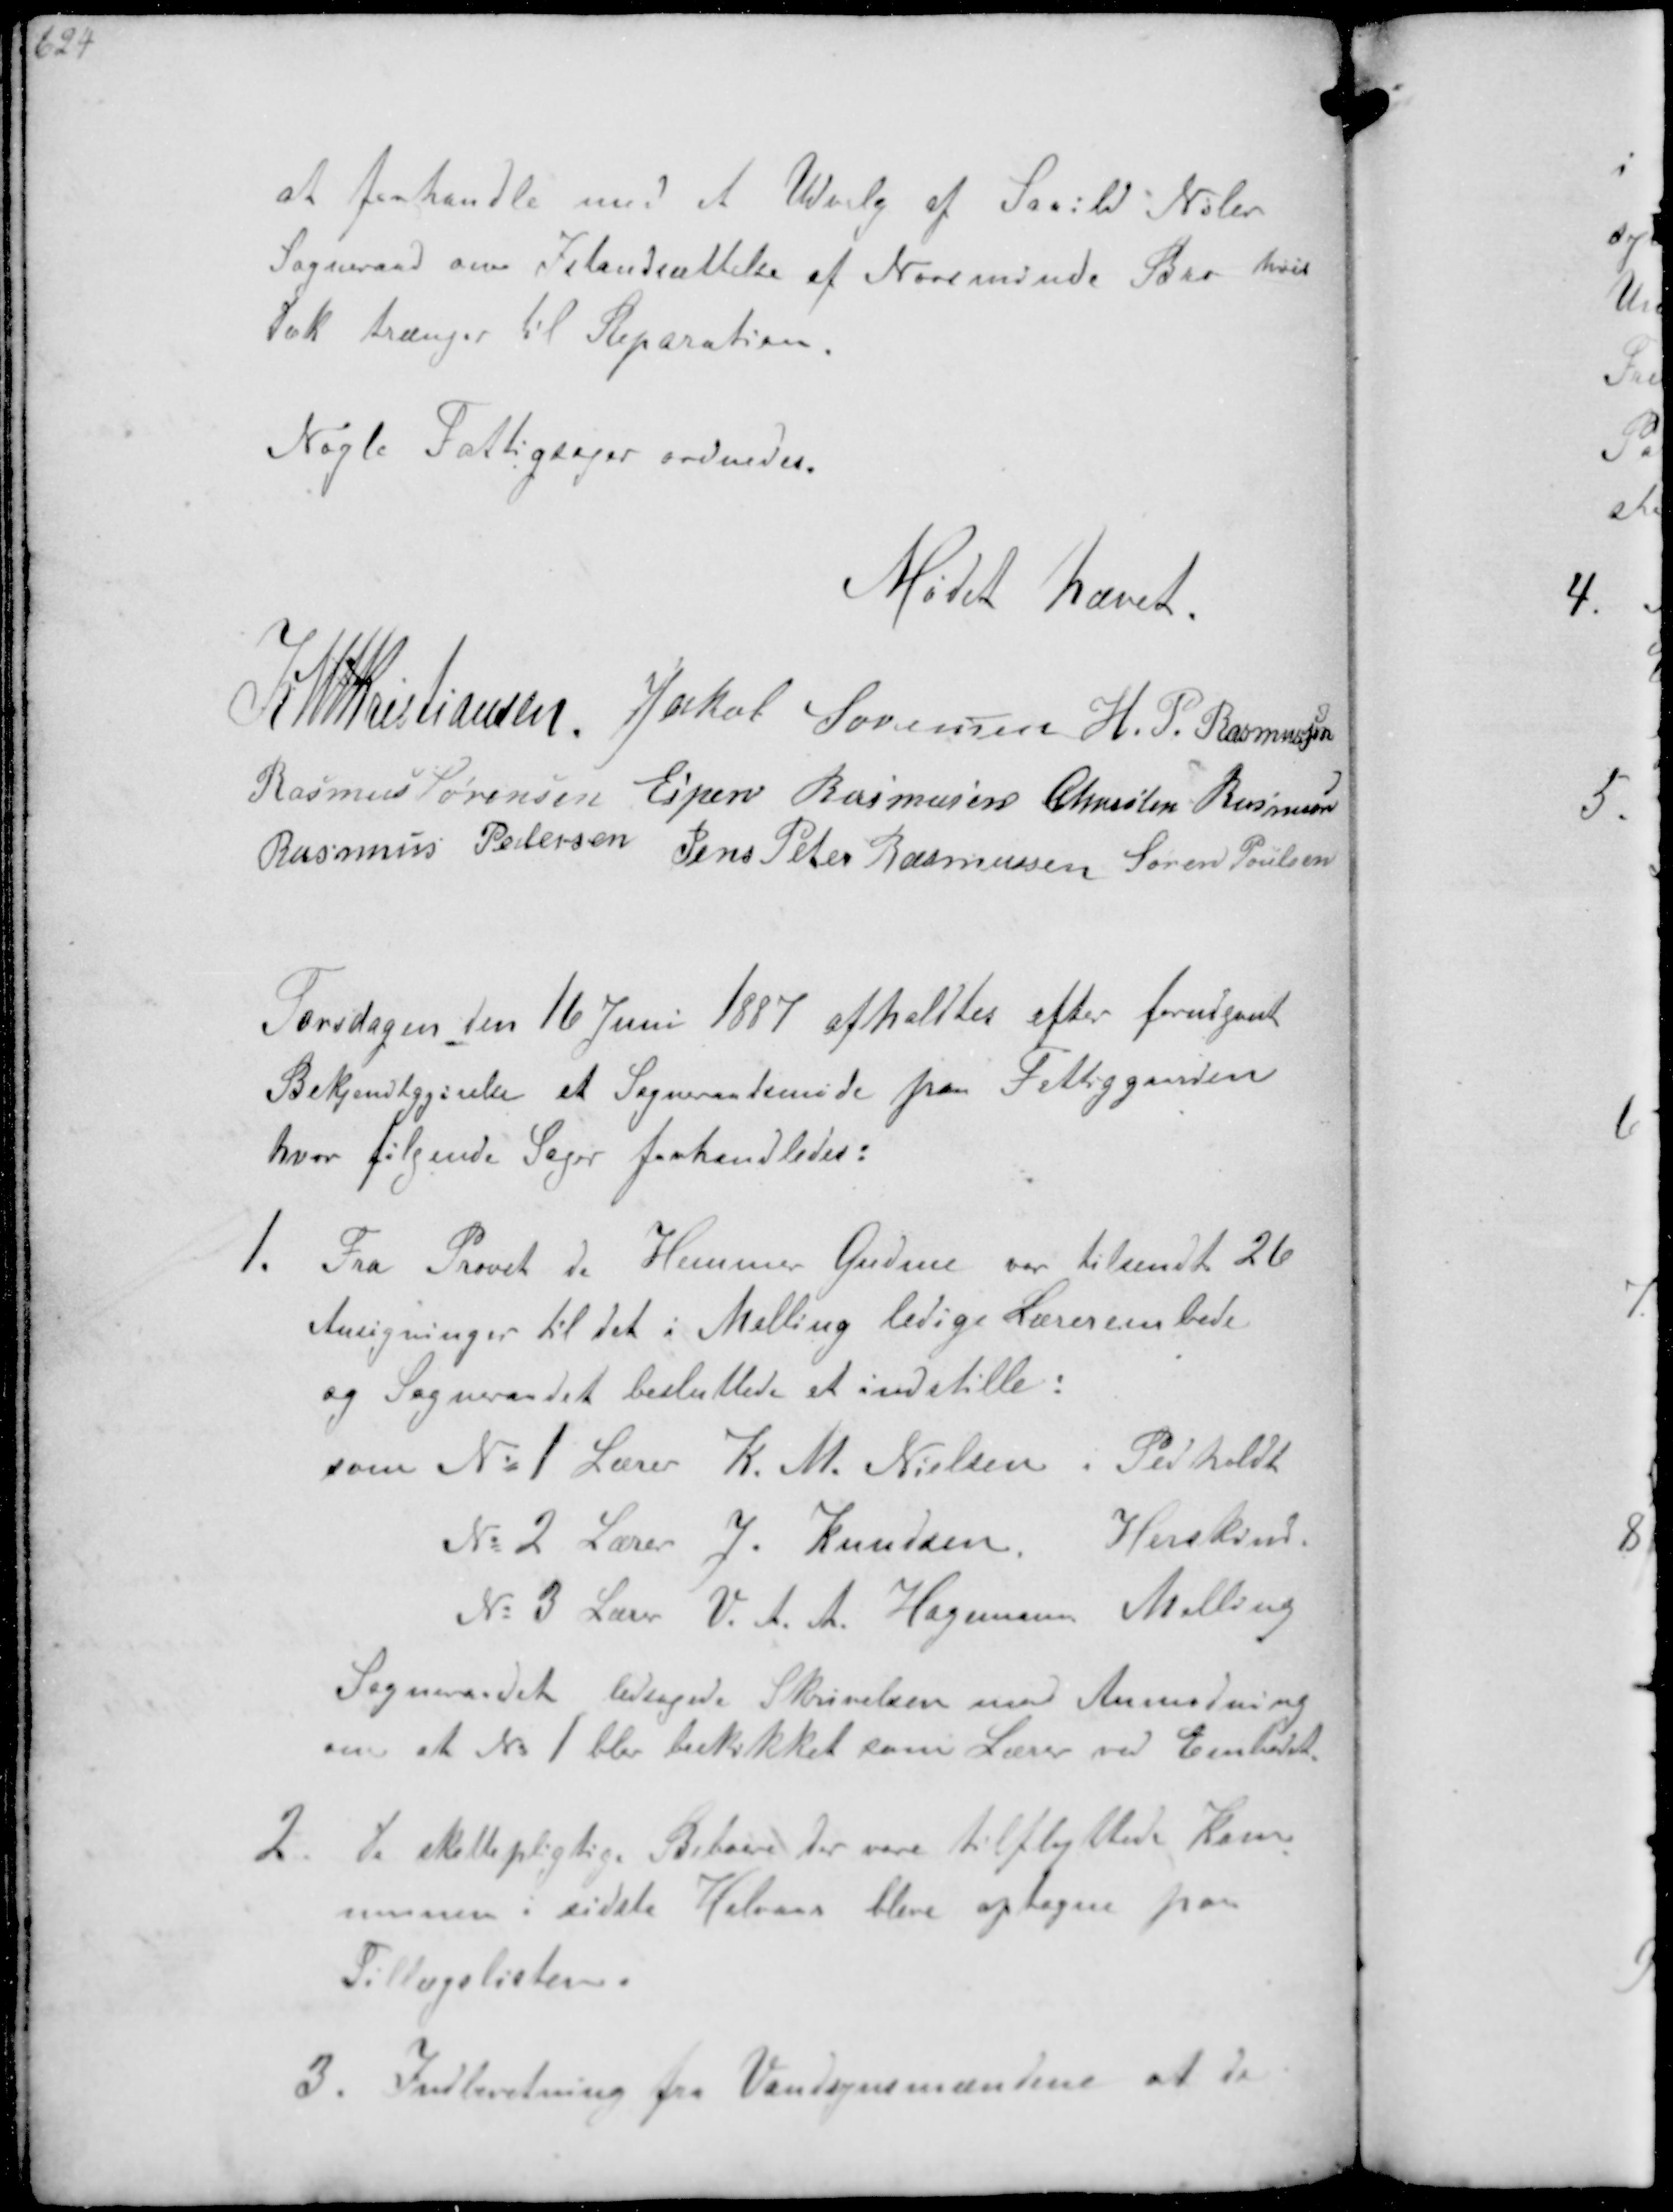
Transskription:
at forhandle med et Udvalg af Saxild Nølev
Sogneraad om istandsættelse af Norsminde Bro hvis
Dæk trænger til Reparation.

Nogle Fattigsager ordnedes.

Mødet hævet

K N M Christiansen
Jakob Sørensen H.P. Rasmussen
Rasmus Sørensen Espen Rasmussen Chresten Rasmussen
Rasmus Pedersen Jens Peter Rasmussen Søren Poulsen

Torsdagen den 16 Juni 1887 afholdtes efter forudgaaet
Bekjendtgørelse et Sogneraadsmøde paa Fattiggaarden
hvor følgende Sager forhandledes:
1. Fra Provst de Hemmer Gudme var tilsendt 26
Ansøgninger til det i Malling ledige Lærerembede.
og Sogneraadet besluttede at indstille:
som No 1 Lærer K.M. Nielsen Pedholdt
Nr 2 Lærer J. Knudsen, Herskind.
No 3 Lærer V. A. A. Hagensen Malling
Sogneraadet ledsagede Skrivelsen med Anmodning
om at No 1 blev beskikket som Lærer ved Embedet
2. De skattepligtige Beboere der vare tilflyttede Kom-
munen i sidste Halvaar blev optagne paa
Tillægslisten
3. Indberetning fra Vandsynsmændene at de